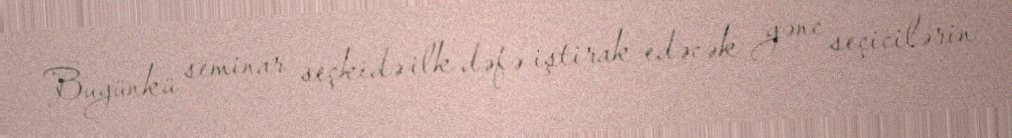
Bugünkü seminar seçkidə ilk dəfə iştirak edəcək gənc seçicilərin